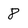
Character: 8